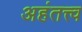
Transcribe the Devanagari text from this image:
अहंतत्त्व